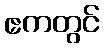
ဧကတွင်